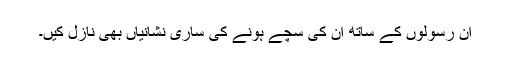
ان رسولوں کے ساتھ ان کی سچے ہونے کی ساری نشانیاں بھی نازل کیں۔